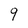
Character: 9